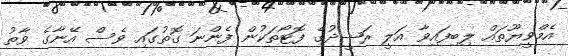
އެމްވީޔޫތައް ލިބިފައިވާ އަލީ ރަޝީދުގެ ފޮޓޯތަކުން ފެންނަ ގޮތުގައި ވެސް އޭނާގެ ވާތު